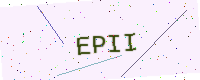
Text: EPII